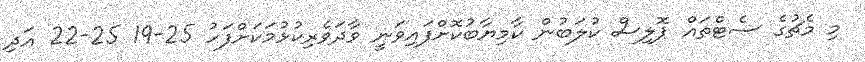
މި މެޗުގެ ސެޓްތައް ޕޮލިސް ކުލަބުން ކާމިޔާބުކޮށްފައިވަނީ ވާދަވެރިކުޅުމަކަށްފަހު 25-19 25-22 އަދި